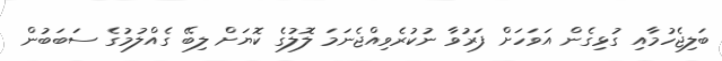
ބަލިޖެހުމާއި ގުޅިގެން އަވަހަށް ފަރުވާ ނުކުރެވިއްޖެނަމަ ލޮލުގެ ކޮޔަށް ލިބޭ ގެއްލުމުގެ ސަބަބުން